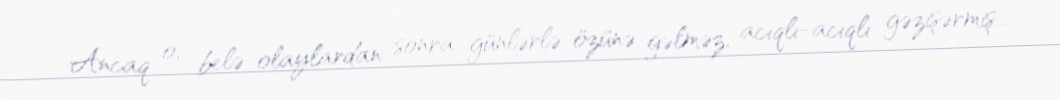
Ancaq o, belə olaylardan sonra günlərlə özünə gəlməz, acıqlı-acıqlı gəzişərmiş…